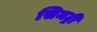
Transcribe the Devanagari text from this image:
सिमट्री